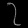
Digit: ၇